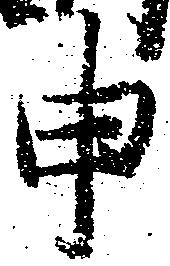
申